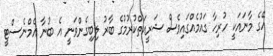
އޭގެ މާނައަކީ ހުރިހާ ގައުމެއްގައިވެސް ޝަރީއަތްކުރުމުގެ ބާރު ލިބިގެންވަނީ އެ ބުނާ އެމްނެސްޓީ